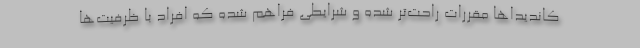
کاندیداها مقررات راحت‌تر شده و شرایطی فراهم شده که افراد با ظرفیت‌ها